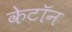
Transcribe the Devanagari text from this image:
केटॉन